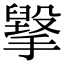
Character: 㩓